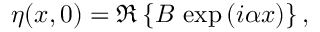
\eta ( x , 0 ) = \Re \left\{ B \, \exp \left( i \alpha x \right) \right\} ,